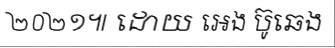
២០២១៕ ដោយ អេង ប៊ូឆេង